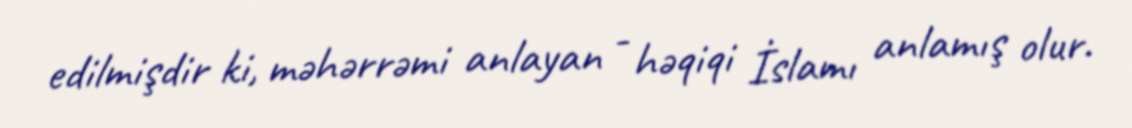
edilmişdir ki, məhərrəmi anlayan - həqiqi İslamı anlamış olur.